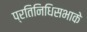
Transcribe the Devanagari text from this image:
प्रतिनिधिसभाके